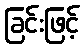
ခြင်းဖြင့်